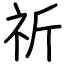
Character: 祈